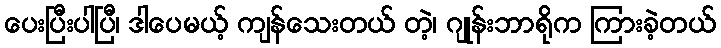
ပေးပြီးပါပြီ၊ ဒါပေမယ့် ကျန်သေးတယ် တဲ့၊ ဂျုန်းဘာရိုက ကြားခဲ့တယ်